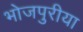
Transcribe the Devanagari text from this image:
भोजपुरीया